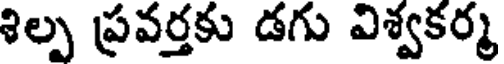
శిల్ప ప్రవర్తకు డగు విశ్వకర్మ